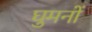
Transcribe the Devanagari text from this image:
घुमनों